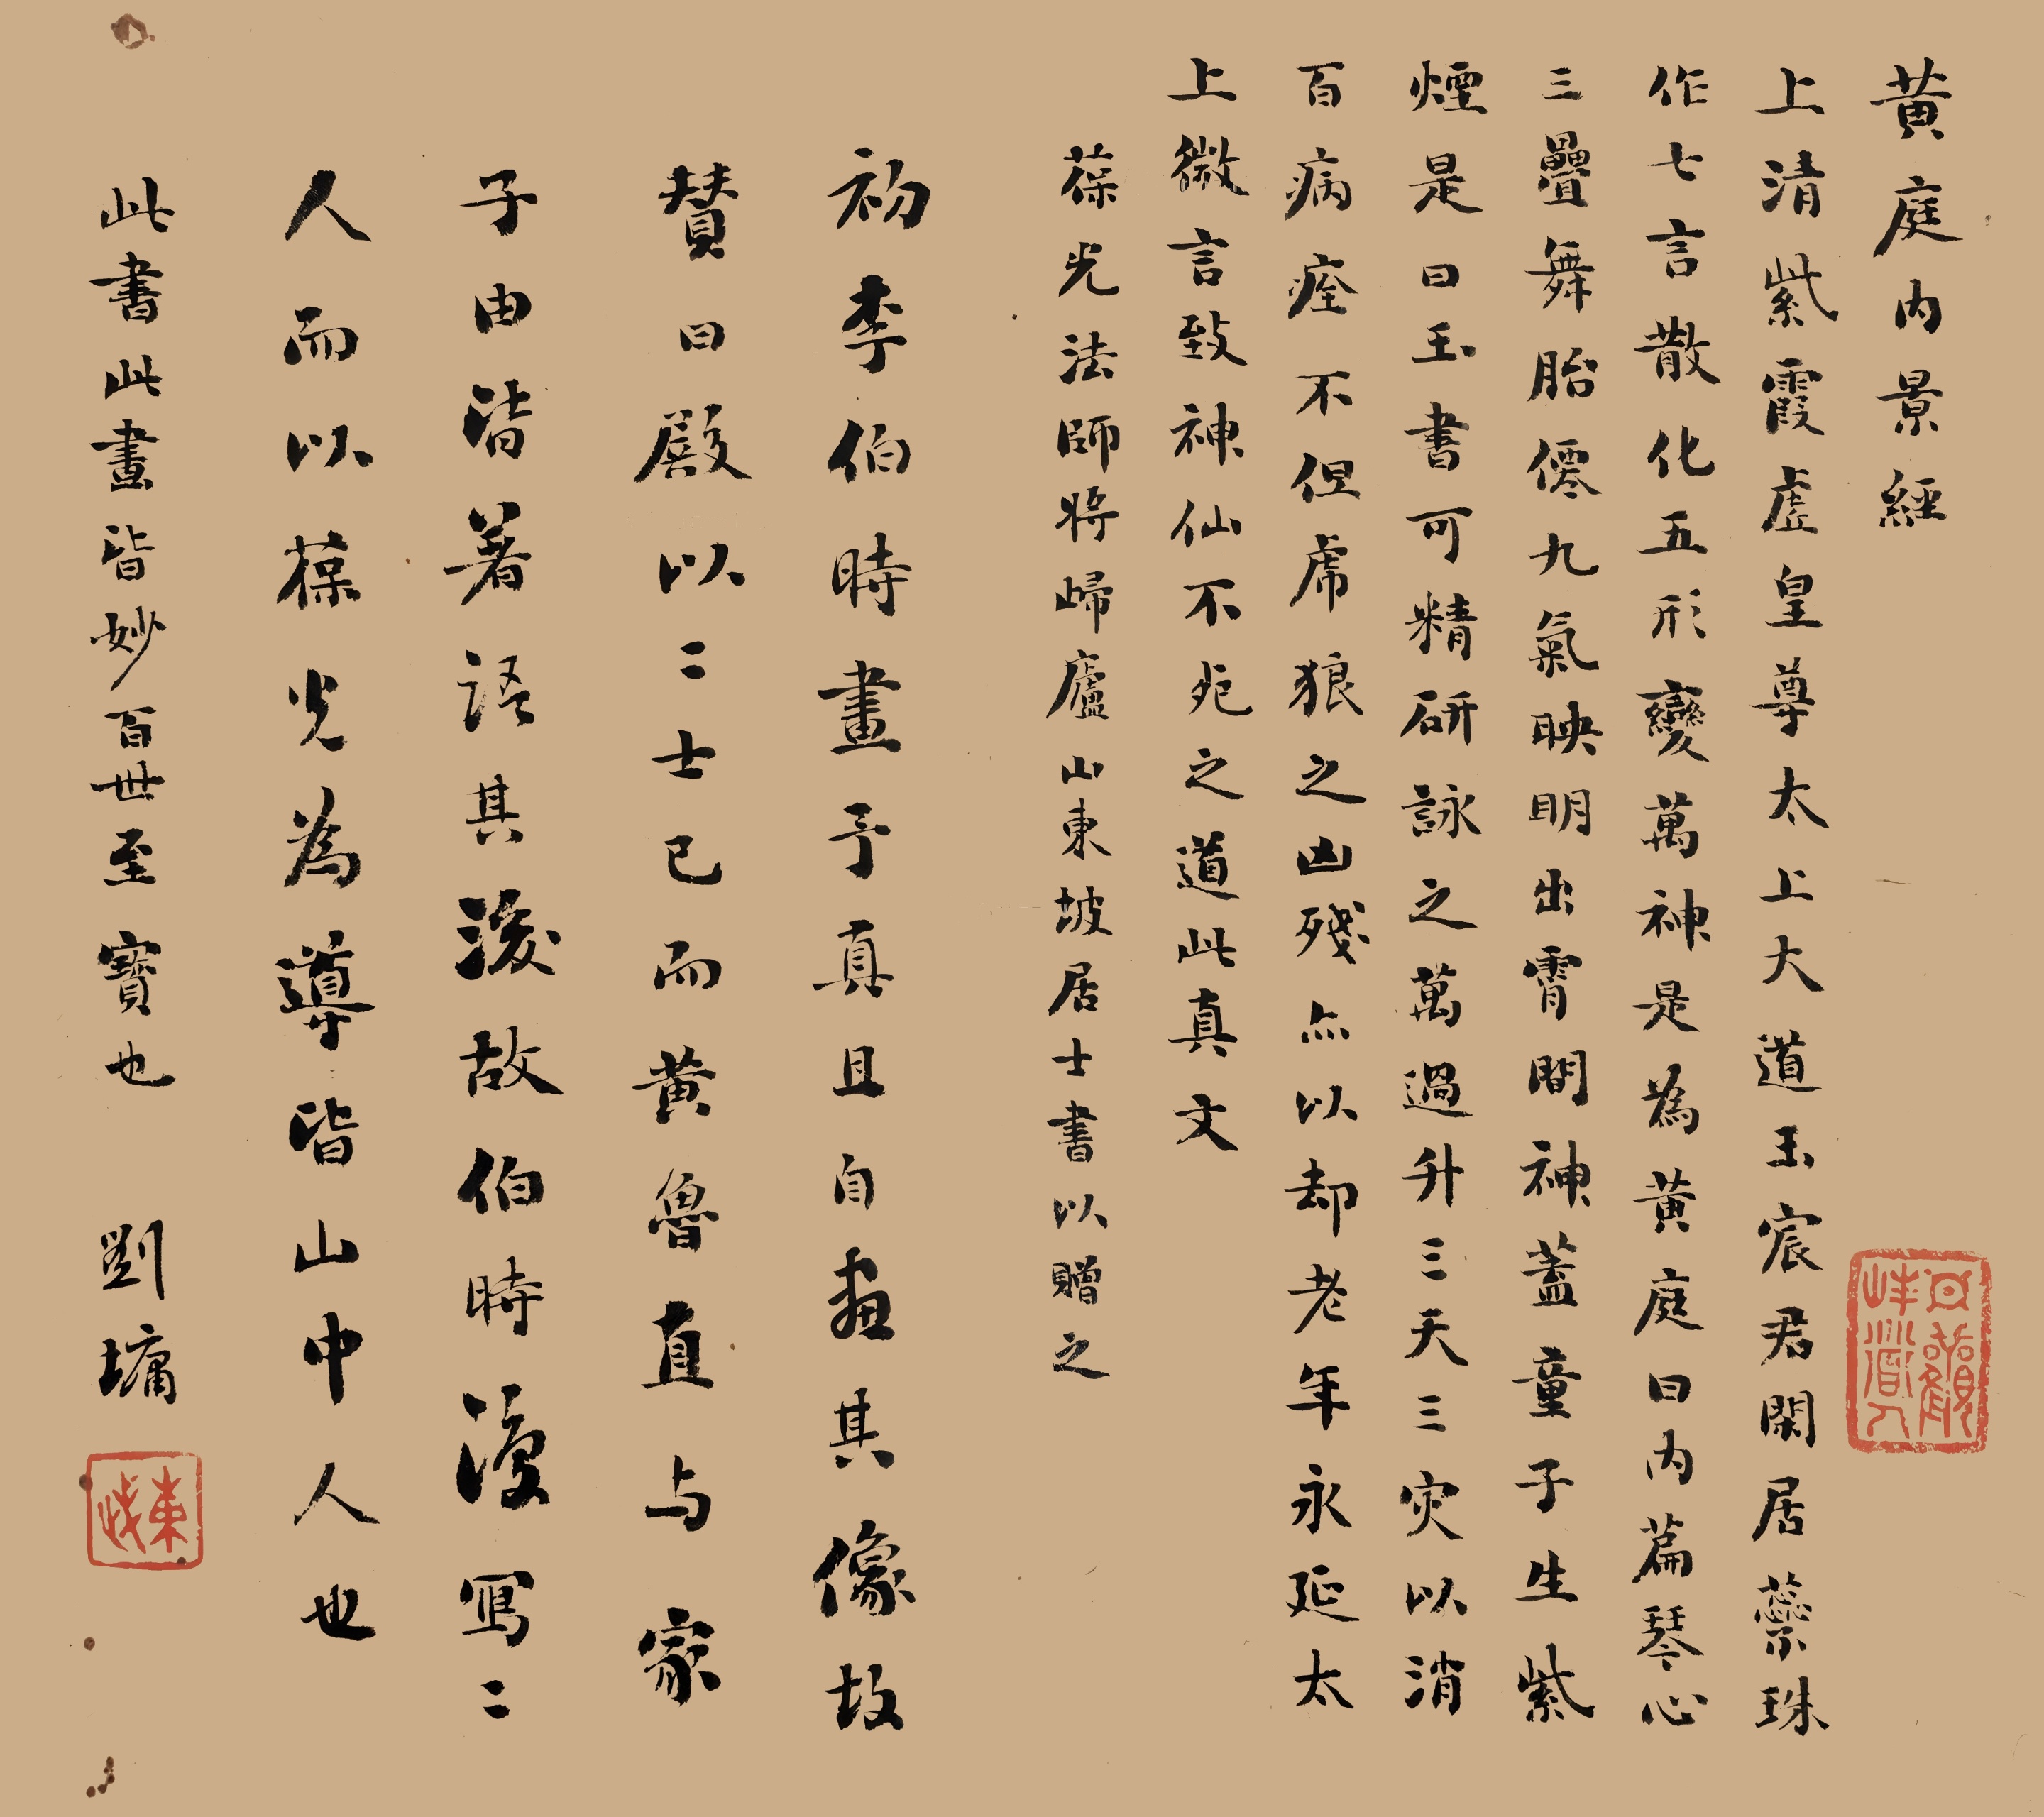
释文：黄庭内景经。上清紫霞虚皇尊太上大道玉晨君。闲居蘂珠作七言，散化五形变万神。是为黄庭曰内篇，琴心三叠舞胎仙。九气映明出雷间，神盖童子生紫烟。是曰玉书可精研，咏之万过升三天。三灾以消百病痊不但虎狼之凶残，亦以却老年永延。太上微言致神仙，不死之道是真文。葆光法师将归庐山东坡居士书以赠之，初，李伯时画予真，且自画其像，故赞曰：“殿以二士。己而黄鲁直与家子由皆者着语其后，故伯时复写二人，而以葆光为导，皆山中人也”。此书此画皆妙，百世至宝也，刘墉。